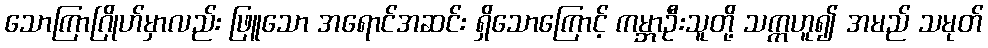
သောကြာဂြိုဟ်မှာလည်း ဖြူသော အရောင်အဆင်း ရှိသောကြောင့် ကမ္ဘာဦးသူတို့ သက္ကဟူ၍ အမည် သမုတ်